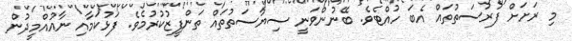
މި ރަށަށް ފުރުސަތުތައް އެބަ ހުއްޓެވެ. ބޭނުންވަނީ ސިޔާސަތުތައް ތަންފީޒުކުރުމެވެ. ފަޅުކަމާއި ނާއުއްމީދުން